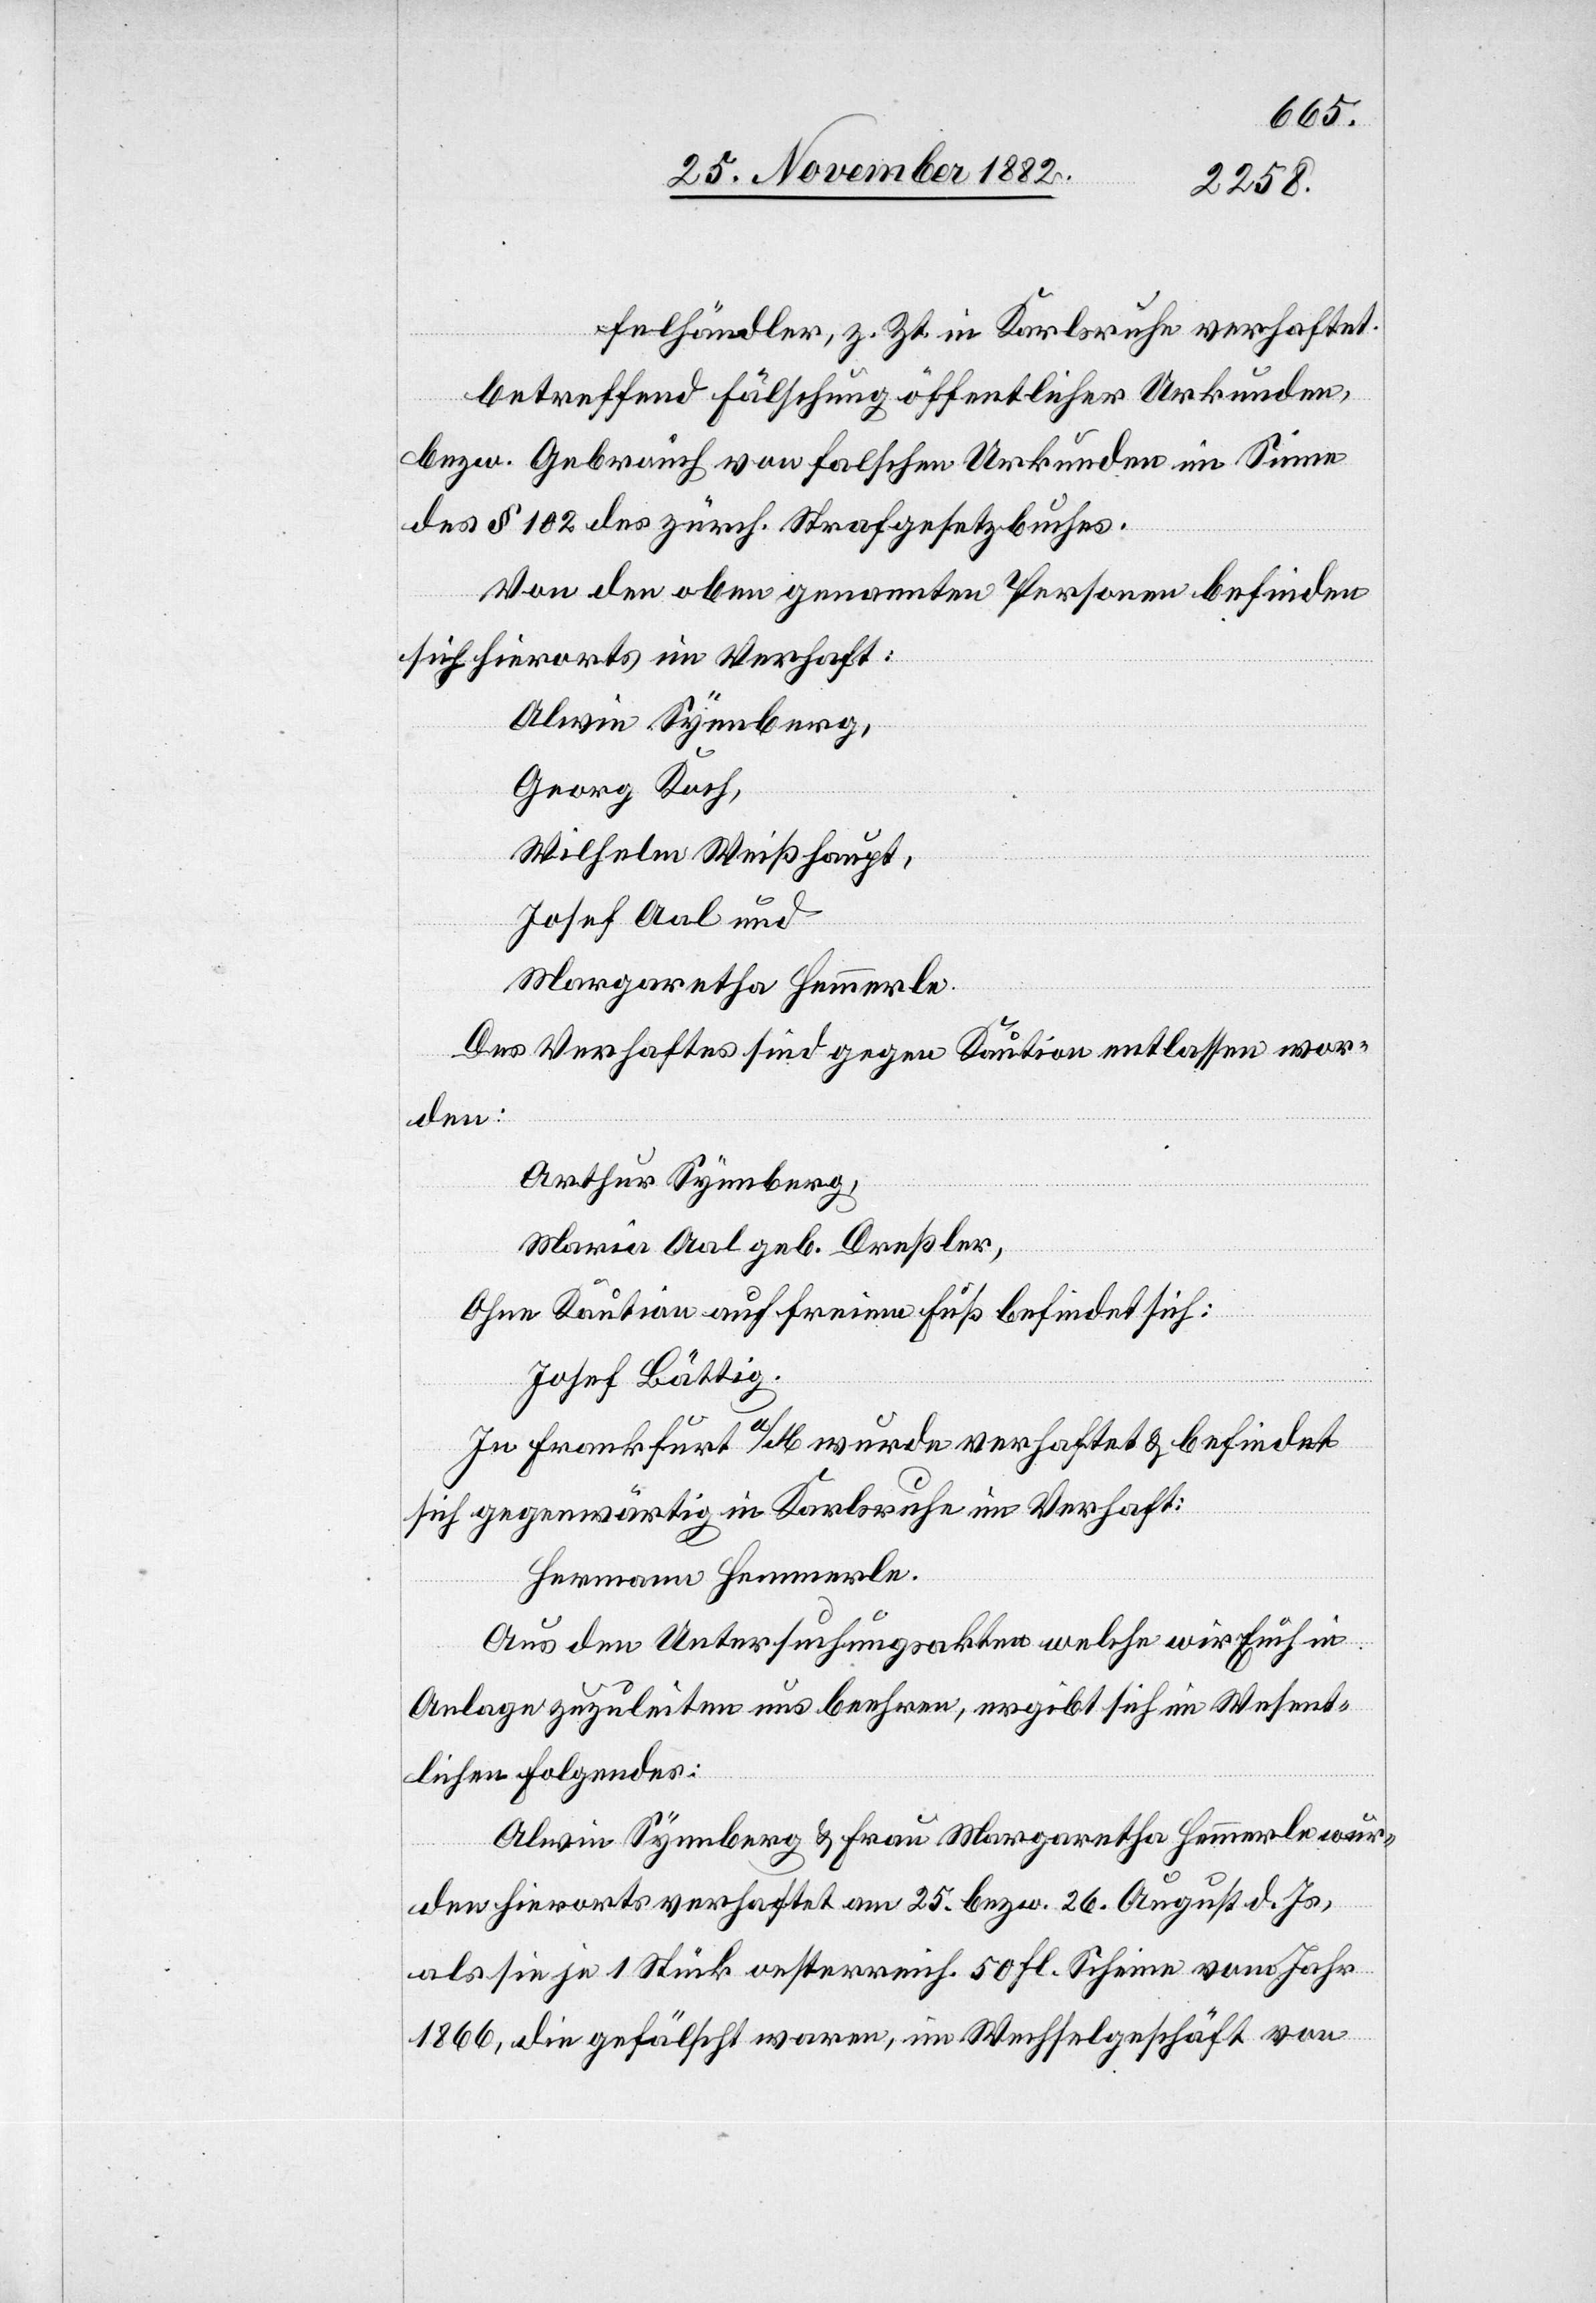
felhändler, z. Zt. in Karlsruhe verhaftet.
betreffend Fälschung öffentlicher Urkunden,
bezw. Gebrauch von falschen Urkunden im Sinne
des § 102 des zürch. Strafgesetzbuches.
Von den oben genannten Personen befinden
sich hierorts in Verhaft:
Alwin Synnberg,
Georg Koch,
Wilhelm Weißhaupt,
Josef Aal und
Margaretha Hemmerle.
Des Verhafts sind gegen Kaution entlassen wor¬
den:
Arthur Synnberg,
Maria Aal geb. Dreßler.
Ohne Kaution auf freiem Fuß befindet sich:
Josef Bättig.
In Frankfurt a/M. wurde verhaftet & befindet
sich gegenwärtig in Karlsruhe im Verhaft:
Hermann Hemmerle.
Aus den Untersuchungsakten welche wir Euch in
Anlage zuzuleiten uns beehren, ergibt sich im Wesent¬
lichen Folgendes:
Alwin Synnberg & Frau Margaretha Hemmerle wur¬
den hierorts verhaftet am 25. bezw. 26. August d. Js.,
als sie je 1 Stück oesterreich. 50 Fl. Scheine vom Jahr
1866, die gefälscht waren, im Wechselgeschäft von